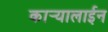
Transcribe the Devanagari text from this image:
कार्‍यालाईन